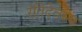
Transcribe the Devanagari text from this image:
रंतिदेवस्य